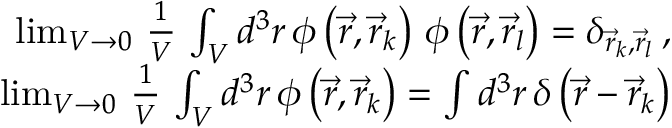
\begin{array} { r l r } & { } & { \operatorname* { l i m } _ { V \rightarrow 0 } \, \frac { 1 } { V } \, \int _ { V } d ^ { 3 } r \, \phi \left( \vec { r } , \vec { r } _ { k } \right) \, \phi \left( \vec { r } , \vec { r } _ { l } \right) = \delta _ { \vec { r } _ { k } , \vec { r } _ { l } } \, , } \\ & { } & { \operatorname* { l i m } _ { V \rightarrow 0 } \, \frac { 1 } { V } \, \int _ { V } d ^ { 3 } r \, \phi \left( \vec { r } , \vec { r } _ { k } \right) = \int d ^ { 3 } r \, \delta \left( \vec { r } - \vec { r } _ { k } \right) } \end{array}